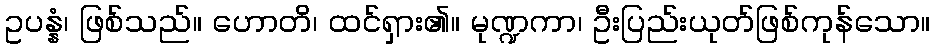
ဥပန္နံ၊ ဖြစ်သည်။ ဟောတိ၊ ထင်ရှား၏။ မုဏ္ဍကာ၊ ဦးပြည်းယုတ်ဖြစ်ကုန်သော။